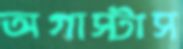
অগাস্টাস